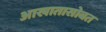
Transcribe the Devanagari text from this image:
आखातासोबत